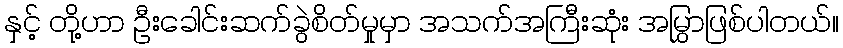
နှင့် တို့ဟာ ဦးခေါင်းဆက်ခွဲစိတ်မှုမှာ အသက်အကြီးဆုံး အမြွှာဖြစ်ပါတယ်။